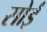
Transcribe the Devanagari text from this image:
सोईं